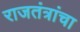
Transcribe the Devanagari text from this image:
राजतंत्रांचा